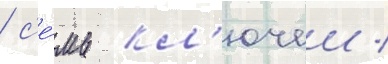
/ с'е́мь кл'ючеи /